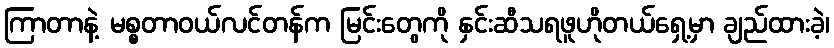
ကြာတာနဲ့ မစ္စတာဝယ်လင်တန်က မြင်းတွေကို နှင်းဆီသရဖူဟိုတယ်ရှေ့မှာ ချည်ထားခဲ့၊